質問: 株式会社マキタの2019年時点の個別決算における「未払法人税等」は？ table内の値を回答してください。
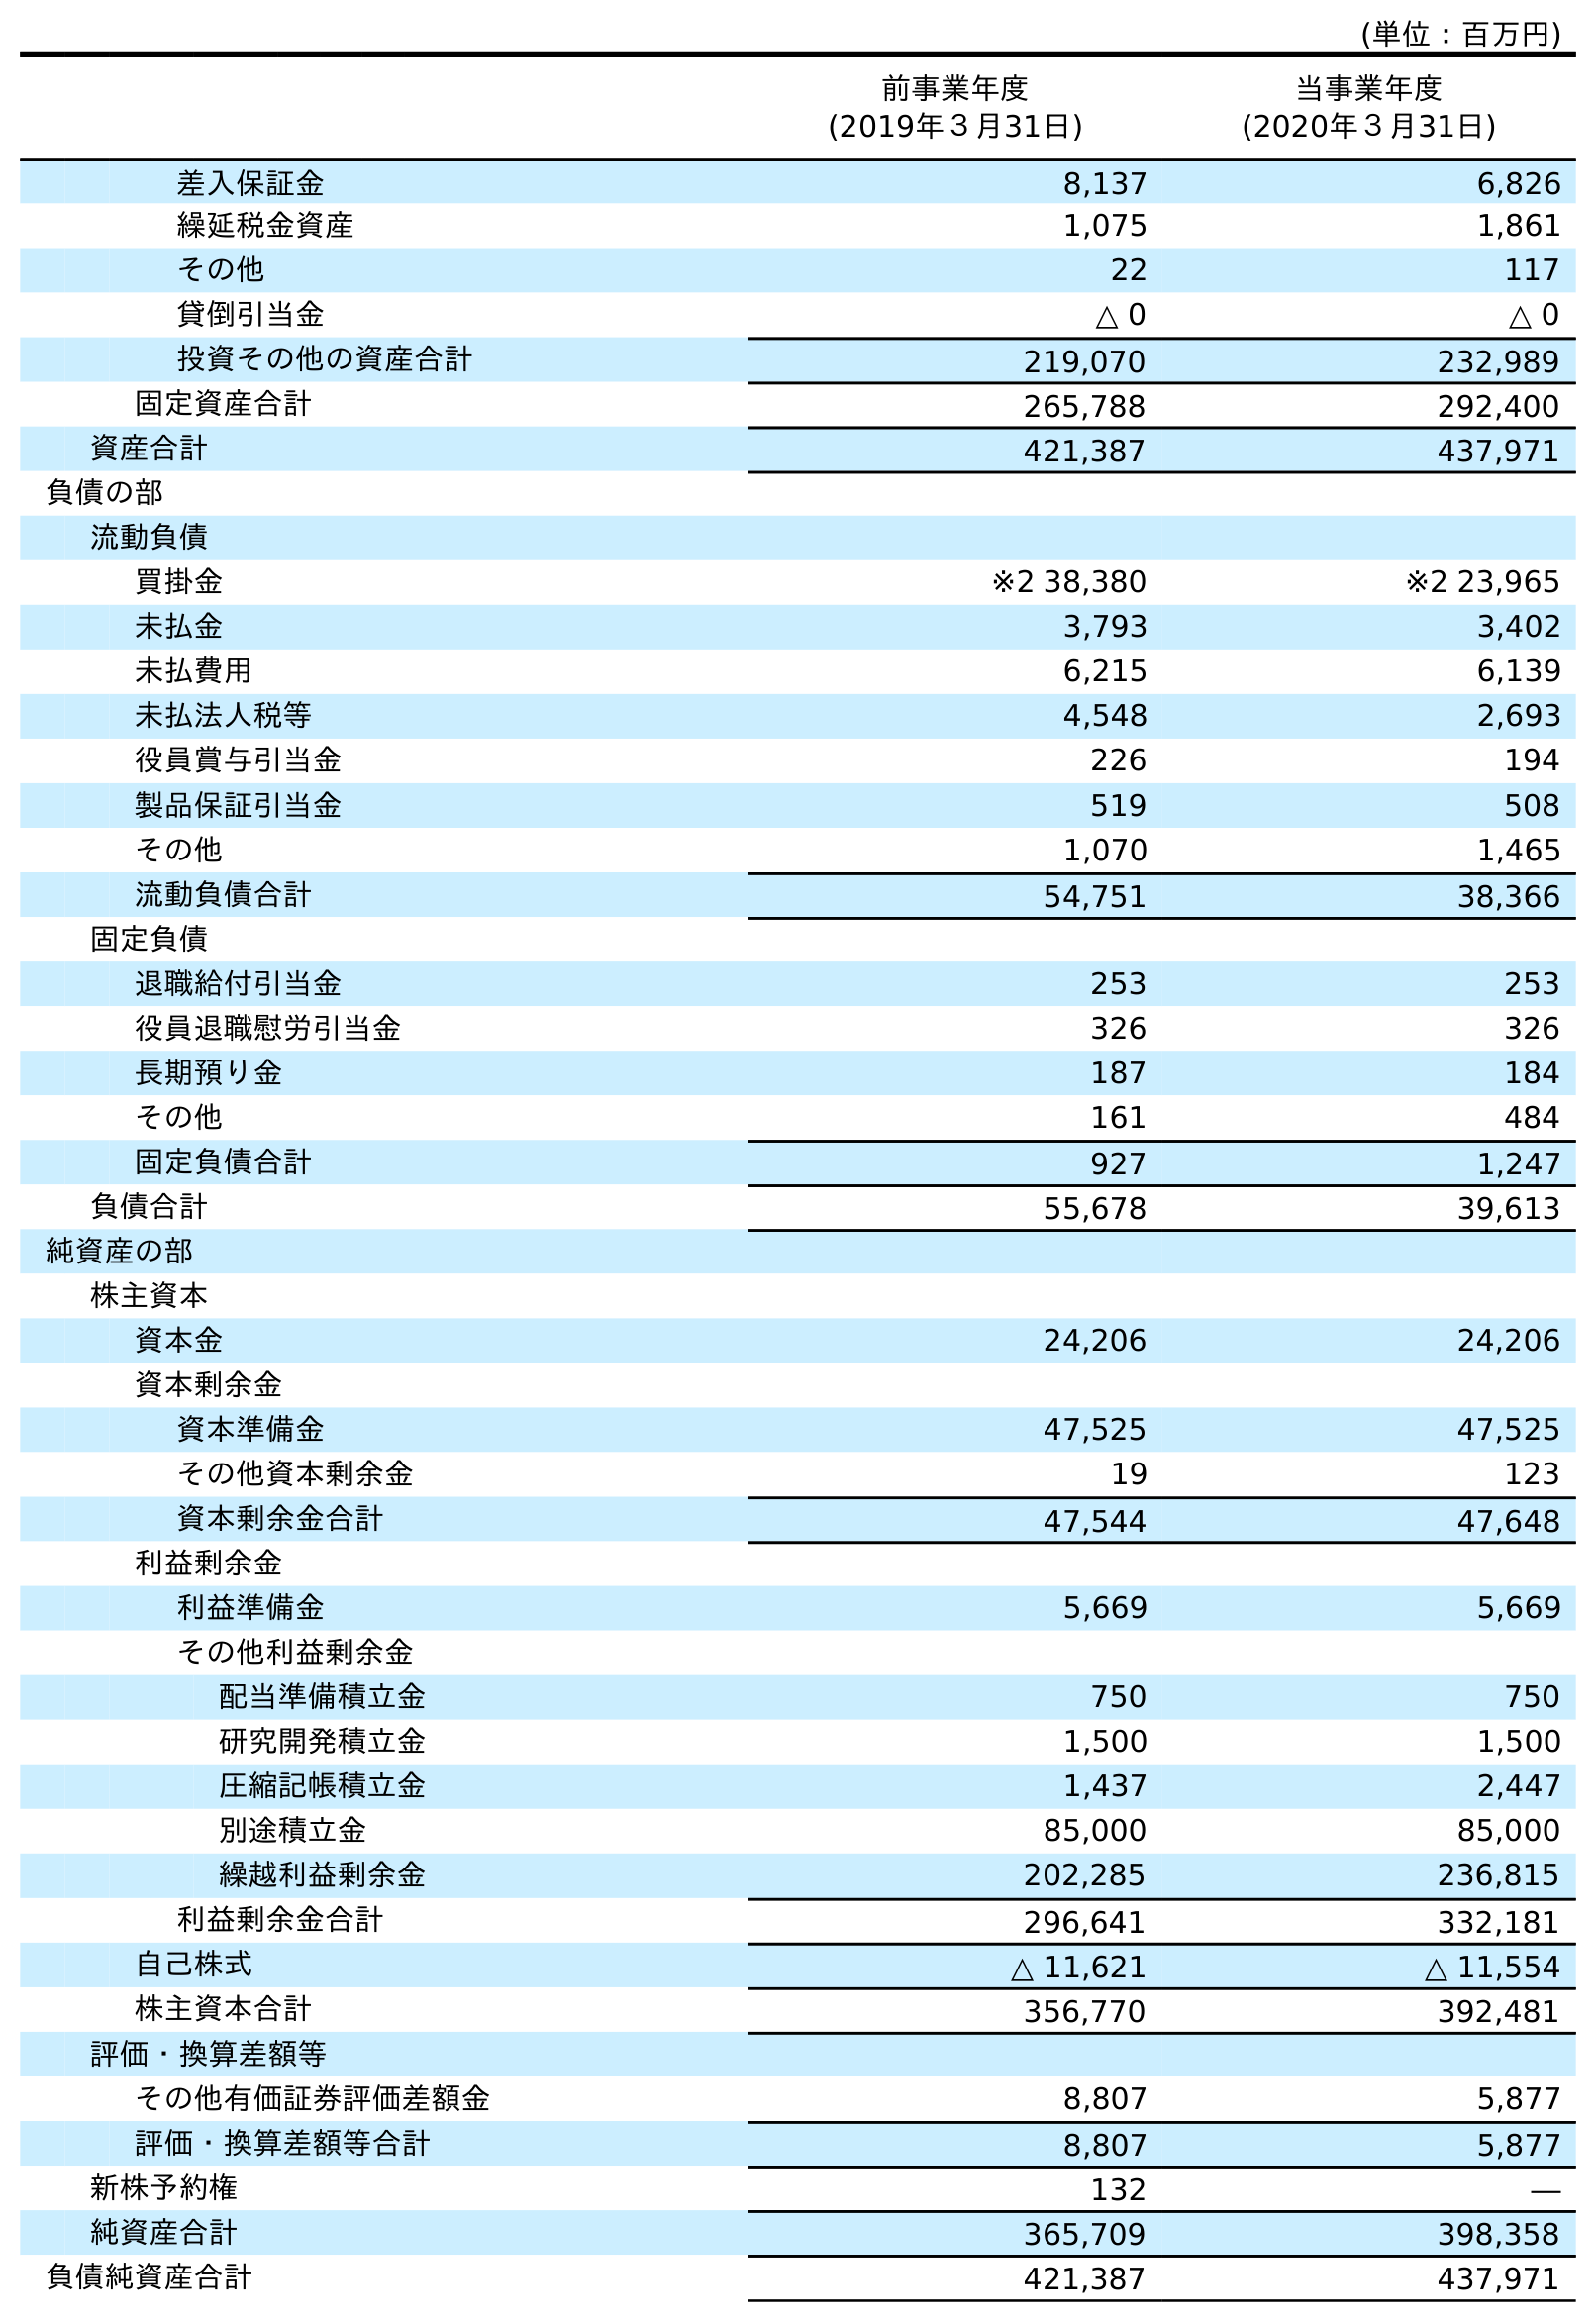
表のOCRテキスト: (単位：百万円) 前事業年度 (2019年３月31日) 当事業年度 (2020年３月31日) 差入保証金 8,137 6,826 繰延税金資産 1,075 1,861 その他 22 117 貸倒引当金 △ 0 △ 0 投資その他の資産合計 219,070 232,989 固定資産合計 265,788 292,400 資産合計 421,387 437,971 負債の部 流動負債 買掛金 ※2 38,380 ※2 23,965 未払金 3,793 3,402 未払費用 6,215 6,139 未払法人税等 4,548 2,693 役員賞与引当金 226 194 製品保証引当金 519 508 その他 1,070 1,465 流動負債合計 54,751 38,366 固定負債 退職給付引当金 253 253 役員退職慰労引当金 326 326 長期預り金 187 184 その他 161 484 固定負債合計 927 1,247 負債合計 55,678 39,613 純資産の部 株主資本 資本金 24,206 24,206 資本剰余金 資本準備金 47,525 47,525 その他資本剰余金 19 123 資本剰余金合計 47,544 47,648 利益剰余金 利益準備金 5,669 5,669 その他利益剰余金 配当準備積立金 750 750 研究開発積立金 1,500 1,500 圧縮記帳積立金 1,437 2,447 別途積立金 85,000 85,000 繰越利益剰余金 202,285 236,815 利益剰余金合計 296,641 332,181 自己株式 △ 11,621 △ 11,554 株主資本合計 356,770 392,481 評価・換算差額等 その他有価証券評価差額金 8,807 5,877 評価・換算差額等合計 8,807 5,877 新株予約権 132 ― 純資産合計 365,709 398,358 負債純資産合計 421,387 437,971
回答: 4,548